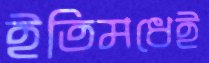
ইতিমধেই